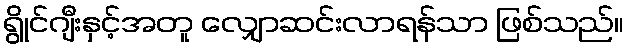
ရွိုင်ဂျီးနှင့်အတူ လျှောဆင်းလာရန်သာ ဖြစ်သည်။